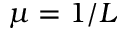
\mu = 1 / L